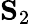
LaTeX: \mathbf{S}_{2}